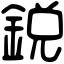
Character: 鋭